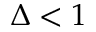
\Delta < 1